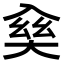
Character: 𠓱